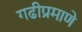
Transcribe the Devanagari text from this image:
गढीप्रमाणे